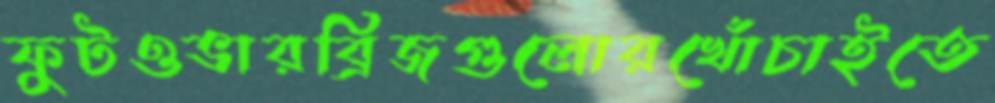
ফুটওভারব্রিজগুলোরখোঁচাইতে